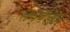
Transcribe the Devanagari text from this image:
तेब्बलंगा